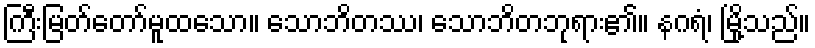
ကြီးမြတ်တော်မူထသော။ သောဘိတဿ၊ သောဘိတဘုရား၏။ နဂရံ၊ မြို့သည်။